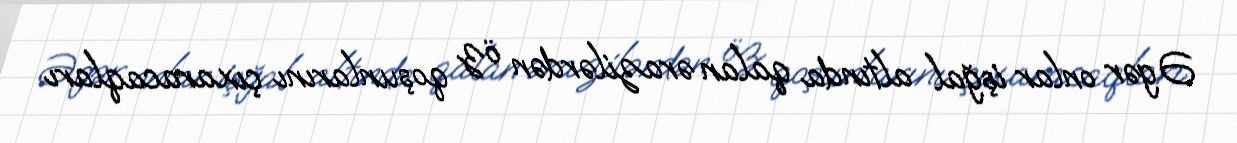
Əgər onlar işğal altında qalan ərazilərdən öz qoşunlarını çıxaracaqları